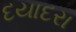
દયાદરા